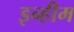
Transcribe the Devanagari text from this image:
इन्हीम